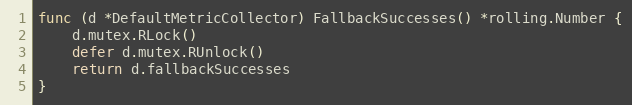
Language: Go
func (d *DefaultMetricCollector) FallbackSuccesses() *rolling.Number {
	d.mutex.RLock()
	defer d.mutex.RUnlock()
	return d.fallbackSuccesses
}